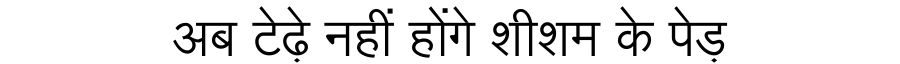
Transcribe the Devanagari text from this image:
अब टेढ़े नहीं होंगे शीशम के पेड़